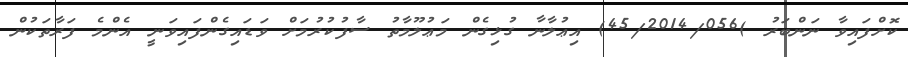
ކޮށްފައިވާ ނަންބަރު )45/2014/056) އިޢުލާނާ ގުޅިގެން މަޢުލޫމާތު ސާފުކުރުމަށް ވަޑައިގެންފައިވަނީ އެންމެ ފަރާތަކުން